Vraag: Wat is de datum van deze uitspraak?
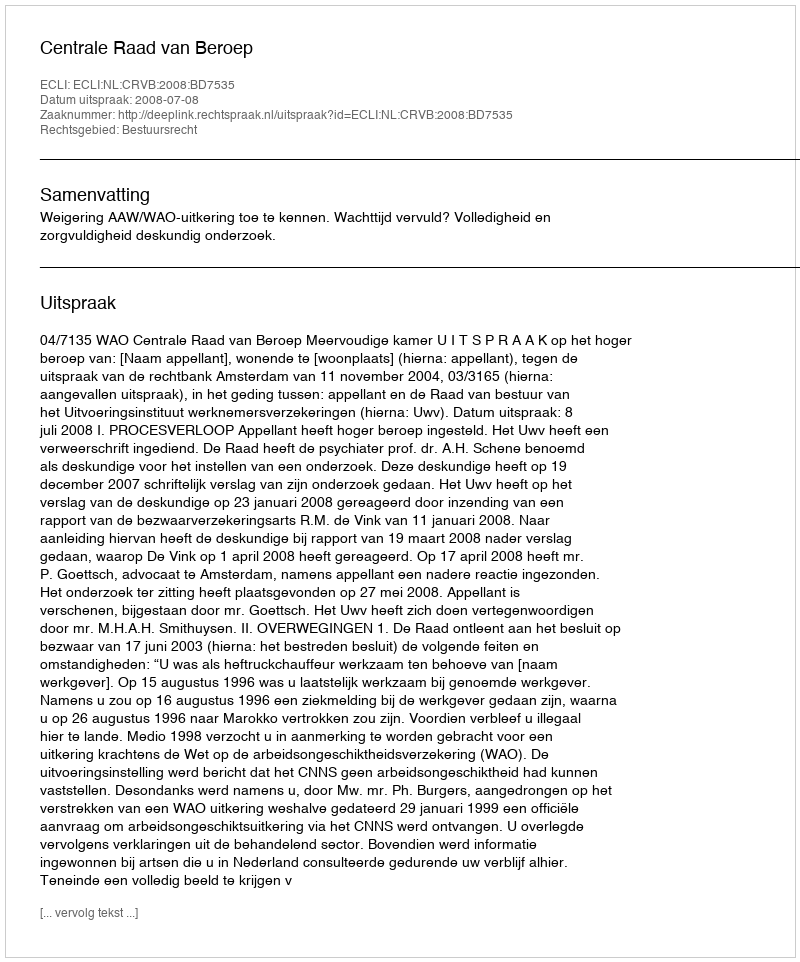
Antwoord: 2008-07-08